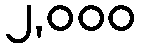
၂,၀၀၀